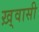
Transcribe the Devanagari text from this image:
ख़्वासी